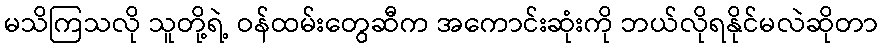
မသိကြသလို သူတို့ရဲ့ ဝန်ထမ်းတွေဆီက အကောင်းဆုံးကို ဘယ်လိုရနိုင်မလဲဆိုတာ